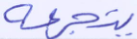
يتجرعه